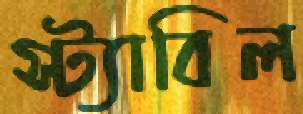
স্ট্যাবিল